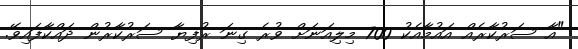
"އާ ސަރުކާރެއް އައުމާއެކު 700 މިލިއަނަށް ވުރެ ގިނަ ރުފިޔާ ސަރުކާރުން ދައްކާފައިވޭ.